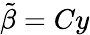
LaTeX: {\tilde{\beta}}=Cy